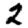
Digit: 2